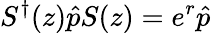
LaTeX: S^{\dagger}(z)\hat{p}S(z)=e^{r}\hat{p}